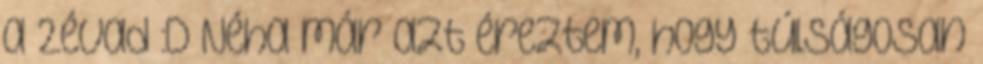
a 2.évad :D Néha már azt éreztem, hogy túlságosan